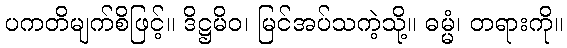
ပကတိမျက်စိဖြင့်။ ဒိဋ္ဌမိဝ၊ မြင်အပ်သကဲ့သို့။ ဓမ္မံ၊ တရားကို။